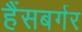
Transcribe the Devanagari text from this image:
हैंसबर्गर